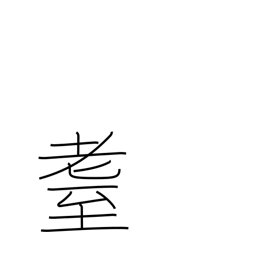
Meaning: elderly